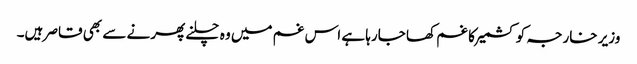
وزیر خارجہ کو کشمیر کا غم کھا جارہا ہے اس غم میں وہ چلنے پھرنے سے بھی قاصر ہیں۔